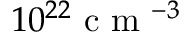
1 0 ^ { 2 2 } \mathrm { ~ c ~ m ~ } ^ { - 3 }